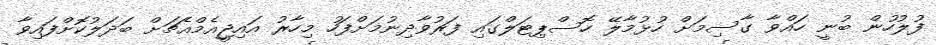
ފުލުހުން ބުނީ ހައްވާ ގާސިމަށް ހުޅުމާލޭ ހޮސްޕިޓަލްގައި ފަރުވާދިނުމަށްފަހު މިހާރު އައިޖީއެމްއެޗަށް ބަދަލުކޮށްފައިވާ